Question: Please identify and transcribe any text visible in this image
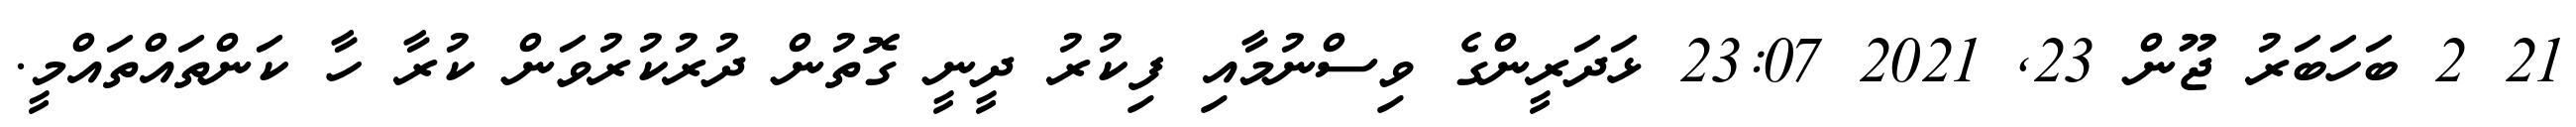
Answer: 21 2 ބަހަބަރު ޖޫން 23, 2021 23:07 ޅަދަރީންގެ ވިސްނުމާއި ފިކުރު ދީނީ ގޮތުން ދުރުކުރުވަން ކުރާ ހާ ކަންތައްތައްމީ.